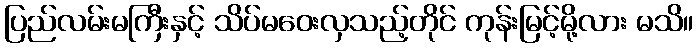
ပြည်လမ်းမကြီးနှင့် သိပ်မဝေးလှသည့်တိုင် ကုန်းမြင့်မို့လား မသိ။